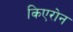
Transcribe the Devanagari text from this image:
किएरोन